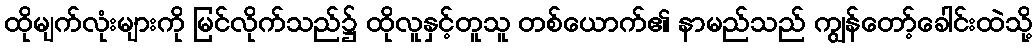
ထိုမျက်လုံးများကို မြင်လိုက်သည်၌ ထိုလူနှင့်တူသူ တစ်ယောက်၏ နာမည်သည် ကျွန်တော့်ခေါင်းထဲသို့